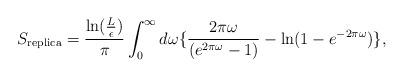
LaTeX: \begin{align*}S_{{\rm replica}} = {{\rm ln}({L\over\epsilon})\over\pi}\int_0^\infty d\omega\{{2\pi\omega\over(e^{2\pi\omega}-1)}-{\rm ln}(1-e^{-2\pi\omega})\},\end{align*}